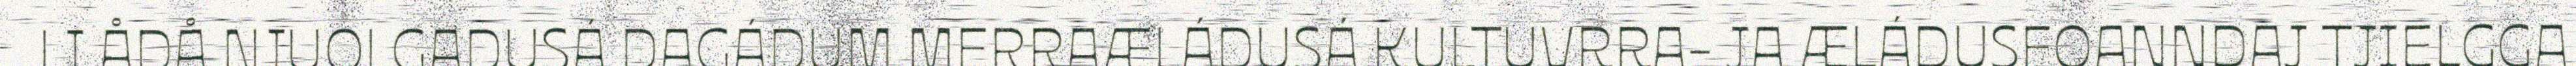
LI ÅDÅ NJUOLGADUSÁ DAGÁDUM MERRAÆLÁDUSÁ KULTUVRRA- JA ÆLÁDUSFOANNDAJ TJIELGGA